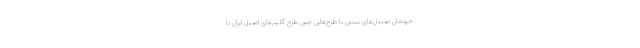
خودمان صندل‌های سنتی با طرح‌‌هایی چون طرح گلیم‌های اصیل ایران با